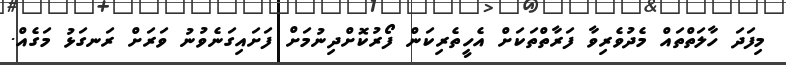
މިފަދަ ހާލަތްތައް މެދުވެރިވާ ފަރާތްތަކަށް އެހީތެރިކަން ފޯރުކޮށްދިނުމަށް ފަށައިގަނެވުނު ވަރަށް ރަނގަޅު މަގެއް.